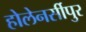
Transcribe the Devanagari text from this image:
होलेनर्सीपुर